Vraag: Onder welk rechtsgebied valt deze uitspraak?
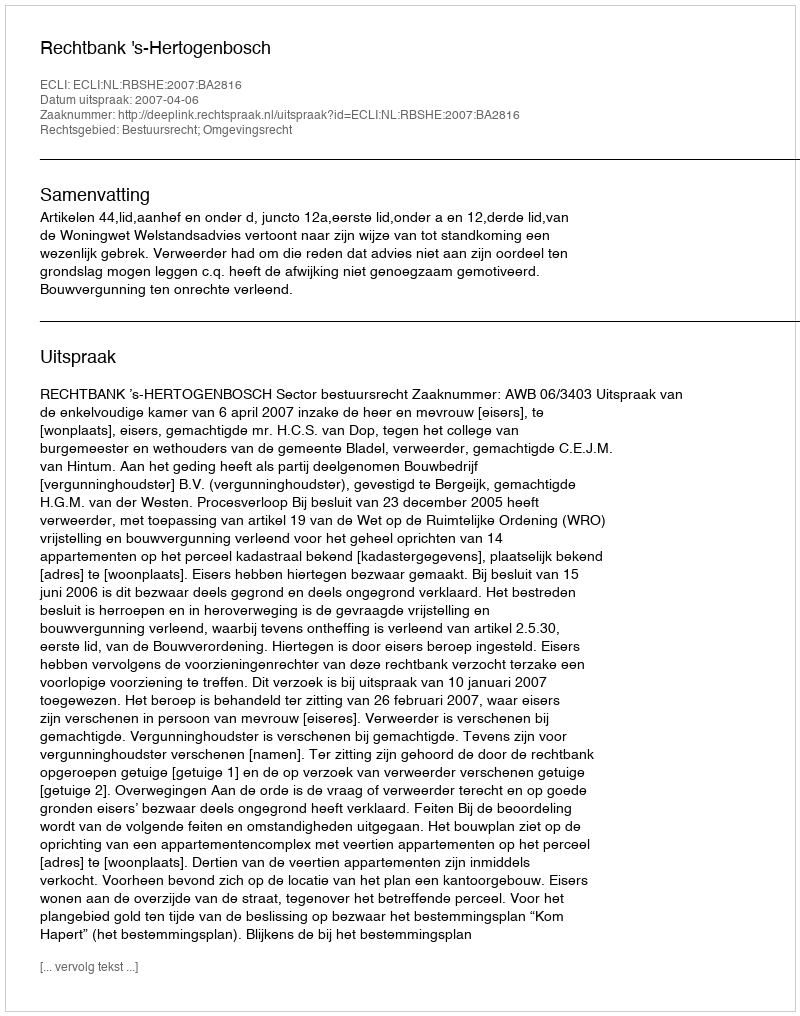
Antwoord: Bestuursrecht; Omgevingsrecht